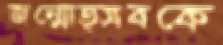
জন্মোত্সবকে